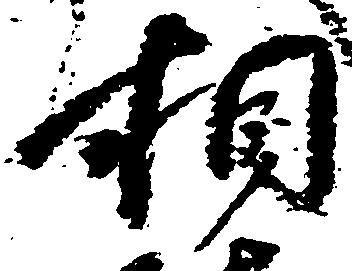
相